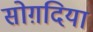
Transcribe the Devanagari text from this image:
सोग़दिया